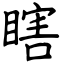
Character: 瞎